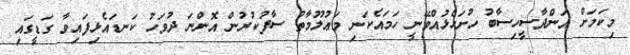
މިކަމަށް އަންދާސީހިސާބު ހުށަހެޅުއްވޭނީ ހަމައެކަނި މަޢުލޫމާތު ސާފުކުރުން އޮންނަ ދުވަހު ކަނޑައެޅިފައިވާ ގަޑީގައި